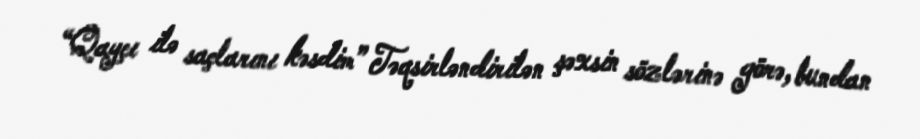
“Qayçı ilə saçlarını kəsdim” Təqsirləndirilən şəxsin sözlərinə görə, bundan